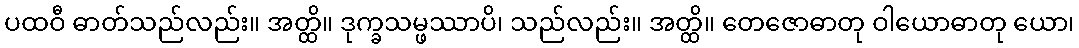
ပထဝီ ဓာတ်သည်လည်း။ အတ္ထိ။ ဒုက္ခသမ္ဖဿာပိ၊ သည်လည်း။ အတ္ထိ။ တေဇောဓာတု ဝါယောဓာတု ယော၊